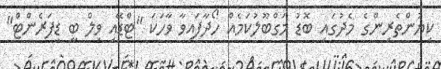
ކިޔުންތެރިންގެ މެދުގައި ބޮޑު މަގްބޫލުކަމެއް ހޯދާފައިވާ ވާހަކަ "ޓްޑޭއި ވިލް ބީ ޑިފަރެންޓް"